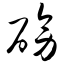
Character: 磅